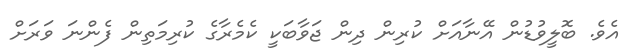
އެވެ. ބޮލީވުޑުން އޭނާއަށް ކުރިން ދިން ޖަވާބަކީ ކެމެރާގެ ކުރިމަތިން ފެންނަ ވަރަށް